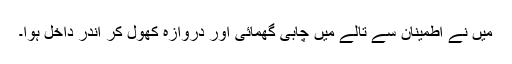
میں نے اطمینان سے تالے میں چابی گھمائی اور دروازہ کھول کر اندر داخل ہوا۔